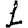
Digit: 1